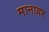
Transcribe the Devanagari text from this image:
मानावर